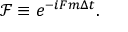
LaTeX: \mathcal { F } \equiv e ^ { - i F m \Delta t } .